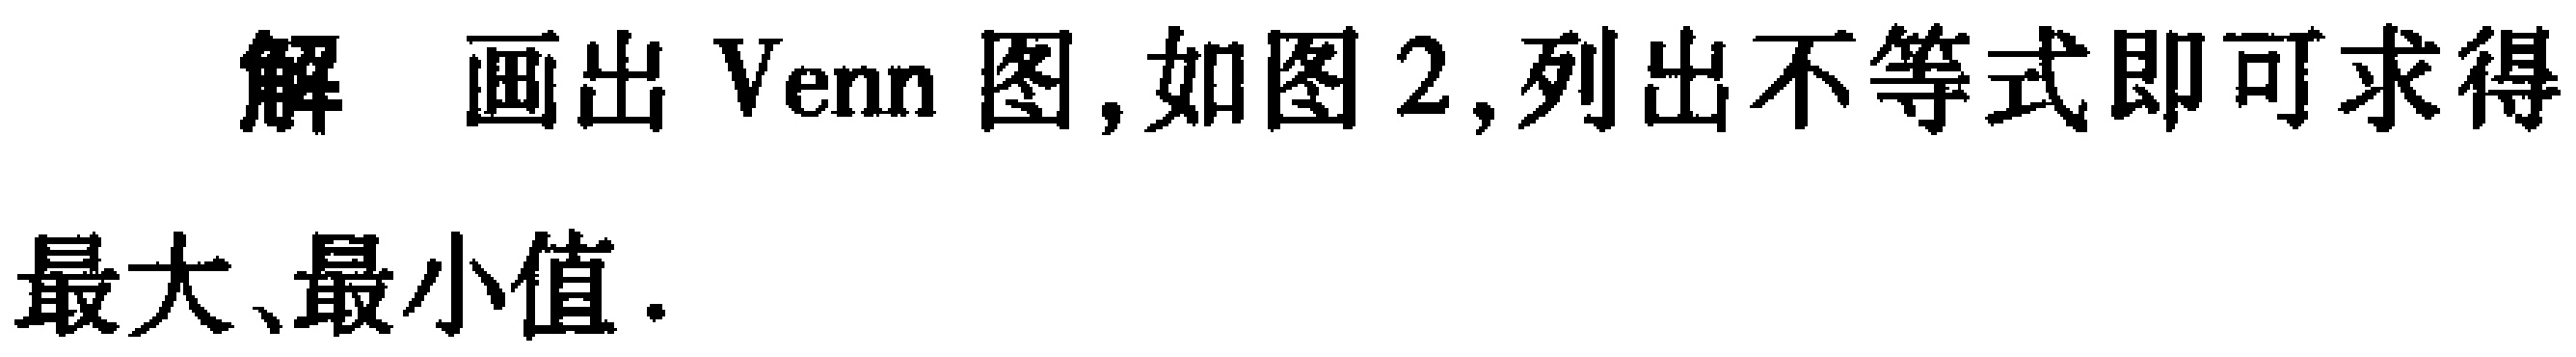
解 画出 Venn 图, 如图 2, 列出不等式即可求得最大、最小值.